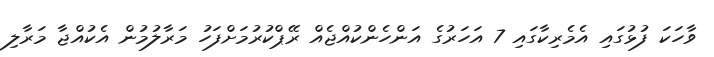
ވާހަކަ ފުޅުގައި އެމެރިކާގައި 7 އަހަރުގެ އަންހެންކުއްޖެއް ރޭޕްކުރުމަށްފަހު މަރާލުމުން އެކުއްޖާ މަރާލި